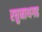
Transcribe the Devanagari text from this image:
रघुनाथगढ